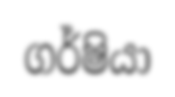
ගර්ෂියා